Vaccination in Bombay 1869-1873 - 1869-1873
Year: 1869
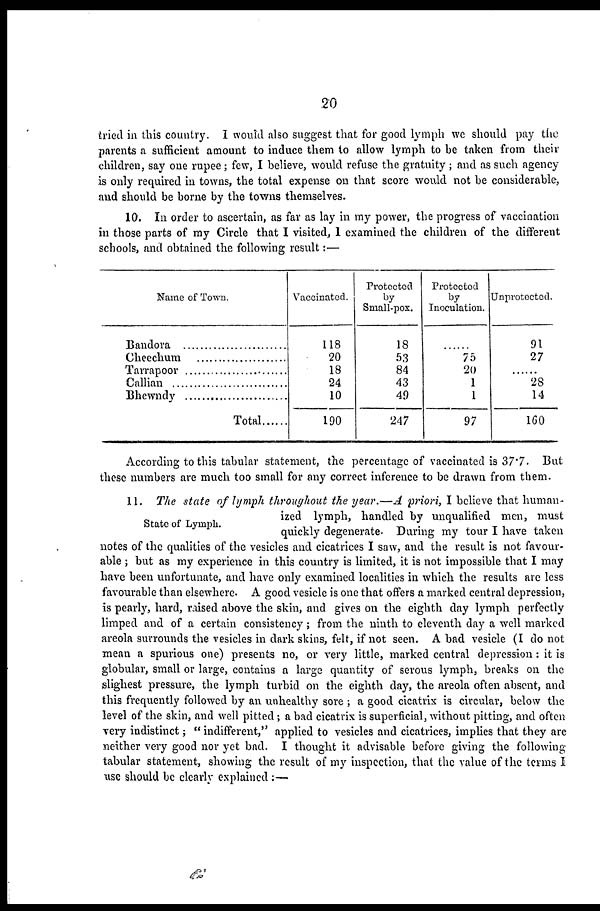
20
tried in this country. I would also suggest that for good lymph we should pay the
parents a sufficient amount to induce them to allow lymph to be taken from their
children, say one rupee; few, I believe, would refuse the gratuity; and as such agency
is only required in towns, the total expense on that score would not be considerable,
and should be borne by the towns themselves.
10. In order to ascertain, as far as lay in my power, the progress of vaccination
in those parts of my Circle that I visited, 1 examined the children of the different
schools, and obtained the following result:—
Name of Town.
Bandora ................
Cheechum ............
Tarrapoor .............
Callian .................
Bhewndy .............
Total .......
Vaccinated.
118
20
18
24
10
190
Protected
by
Small-pox.
18
53
84
43
49
247
Protected
by
Inoculation.
......
75
20
1
1
97
Unprotected.
91
27
......
28
14
160
According to this tabular statement, the percentage of vaccinated is 37.7. But
these numbers are much too small for any correct inference to be drawn from them.
State of Lymph.
11. The state of lymph throughout the year.—A priori, I believe that human-
ized lymph, handled by unqualified men, must
quickly degenerate. During my tour I have taken
notes of the qualities of the vesicles and cicatrices I saw, and the result is not favour-
able ; but as my experience in this country is limited, it is not impossible that I may
have been unfortunate, and have only examined localities in which the results are less
favourable than elsewhere. A good vesicle is one that offers a marked central depression,
is pearly, hard, raised above the skin, and gives on the eighth day lymph perfectly
limped and of a certain consistency; from the ninth to eleventh day a well marked
areola surrounds the vesicles in dark skins, felt, if not seen. A bad vesicle (I do not
mean a spurious one) presents no, or very little, marked central depression: it is
globular, small or large, contains a large quantity of serous lymph, breaks on the
slighest pressure, the lymph turbid on the eighth day, the areola often absent, and
this frequently followed by an unhealthy sore ; a good cicatrix is circular, below the
level of the skin, and well pitted; a bad cicatrix is superficial, without pitting, and often
very indistinct; " indifferent," applied to vesicles and cicatrices, implies that they are
neither very good nor yet bad. I thought it advisable before giving the following
tabular statement, showing the result of my inspection, that the value of the terms I
use should be clearly explained :—